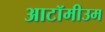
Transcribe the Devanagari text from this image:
आटॉमीउम